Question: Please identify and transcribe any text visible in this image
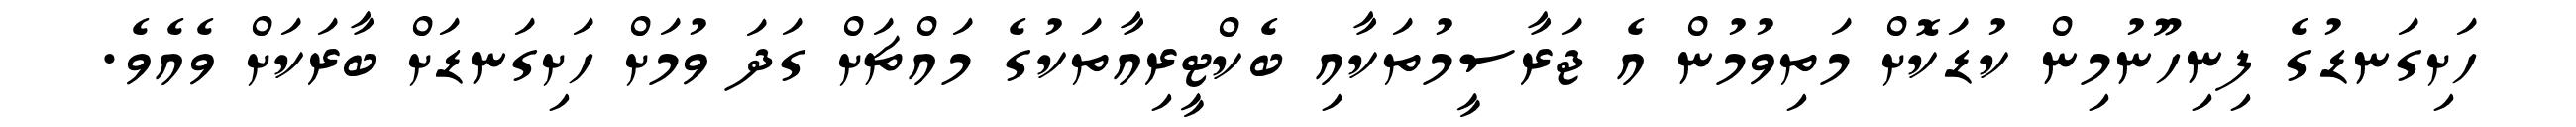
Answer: ހަށިގަނޑުގެ ފިނިހޫނުމިން ކުޑަކޮށް މަތިވުމުން އެ ޖަރާސީމުތަކާއި ބެކްޓީރިއާތަކުގެ މައްޗަށް ގަދަ ވުމަށް ހަށިގަނޑަށް ބާރަކަށް ވެއެވެ.